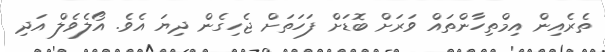
ތެރެއިން އިމްތިހާންތައް ވަރަށް ބޮޑަށް ފަހަތަށް ޖެހިގެން ދިޔަ އެވެ. އޯލެވެލް އަދި